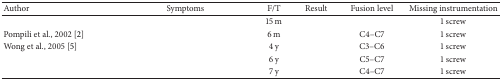
<table><thead><tr><td><b>Author</b></td><td><b>Symptoms</b></td><td><b>F/T</b></td><td><b>Result</b></td><td><b>Fusion level</b></td><td><b>Missing instrumentation</b></td></tr></thead><tbody><tr><td>[EMPTY_CELL]</td><td>[EMPTY_CELL]</td><td>15 m</td><td>[EMPTY_CELL]</td><td>[EMPTY_CELL]</td><td>1 screw </td></tr><tr><td>Pompili et al., 2002 [2]</td><td>[EMPTY_CELL]</td><td>6 m</td><td>[EMPTY_CELL]</td><td>C4–C7</td><td>1 screw</td></tr><tr><td>Wong et al., 2005 [5]</td><td>[EMPTY_CELL]</td><td>4 y</td><td>[EMPTY_CELL]</td><td>C3–C6</td><td>1 screw</td></tr><tr><td>[EMPTY_CELL]</td><td>[EMPTY_CELL]</td><td>6 y </td><td>[EMPTY_CELL]</td><td>C5–C7</td><td>1 screw</td></tr><tr><td>[EMPTY_CELL]</td><td>[EMPTY_CELL]</td><td>7 y</td><td>[EMPTY_CELL]</td><td>C4–C7</td><td>1 screw</td></tr></tbody></table>